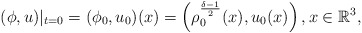
\begin{align*} &(\phi,u)|_{t=0}=(\phi_0,u_0)(x)=\left(\rho^{\frac{\delta-1}{2}}_0(x),u_0(x)\right),x\in \mathbb{R}^3,\end{align*}